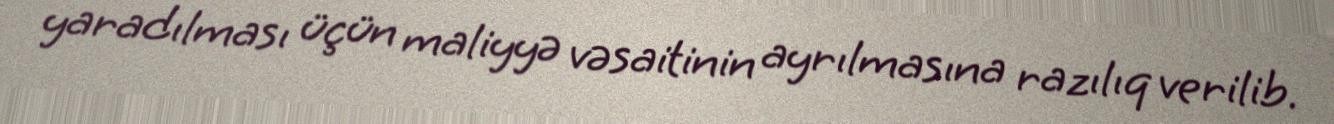
yaradılması üçün maliyyə vəsaitinin ayrılmasına razılıq verilib.